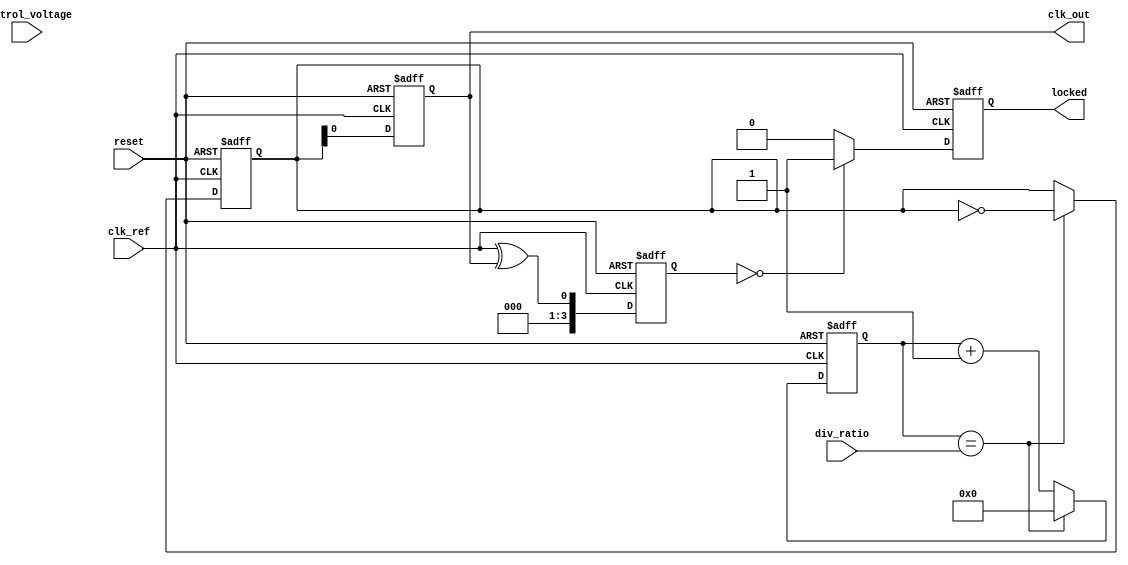
module high_performance_PLL (
    input wire clk_ref,          // Input reference clock
    input wire reset,            // Reset signal
    input wire [2:0] div_ratio,  // Programmable division ratio
    input wire control_voltage,   // Control voltage for VCO
    output reg clk_out,          // Output clock
    output reg locked            // Lock status
);

    // Parameters
    parameter VCO_MAX_FREQ = 100; // Max VCO frequency (arbitrary units)
    parameter VCO_MIN_FREQ = 10;   // Min VCO frequency (arbitrary units)
    
    // Internal signals
    reg [3:0] phase_error;         // Phase error signal
    reg [3:0] vco_freq;            // VCO frequency
    reg [3:0] feedback;             // Feedback signal
    reg [3:0] loop_filter;          // Loop filter output
    reg [3:0] divider;              // Divider output
    reg [3:0] counter;              // Counter for feedback division

    // Phase Detector (XOR type for simplicity)
    always @(posedge clk_ref or posedge reset) begin
        if (reset) begin
            phase_error <= 0;
        end else begin
            // Simple phase detection logic
            phase_error <= clk_ref ^ clk_out; // XOR for phase error
        end
    end

    // Loop Filter (Simple RC filter model)
    always @(posedge clk_ref or posedge reset) begin
        if (reset) begin
            loop_filter <= 0;
        end else begin
            loop_filter <= loop_filter + phase_error; // Integrate phase error
        end
    end

    // Voltage-Controlled Oscillator (VCO)
    always @(posedge clk_ref or posedge reset) begin
        if (reset) begin
            vco_freq <= VCO_MIN_FREQ;
        end else begin
            // Adjust VCO frequency based on control voltage
            vco_freq <= loop_filter + control_voltage; // Simplified control
            if (vco_freq > VCO_MAX_FREQ) begin
                vco_freq <= VCO_MAX_FREQ;
            end
            if (vco_freq < VCO_MIN_FREQ) begin
                vco_freq <= VCO_MIN_FREQ;
            end
        end
    end

    // Feedback Divider
    always @(posedge clk_ref or posedge reset) begin
        if (reset) begin
            counter <= 0;
            feedback <= 0;
        end else begin
            if (counter == div_ratio) begin
                feedback <= ~feedback; // Toggle feedback clock
                counter <= 0;
            end else begin
                counter <= counter + 1;
            end
        end
    end

    // Output Clock Generation
    always @(posedge clk_ref or posedge reset) begin
        if (reset) begin
            clk_out <= 0;
            locked <= 0;
        end else begin
            // Generate output clock based on VCO frequency
            clk_out <= feedback; // Simplified output
            // Lock detection logic (simplified)
            if (phase_error == 0) begin
                locked <= 1; // PLL is locked
            end else begin
                locked <= 0; // PLL is not locked
            end
        end
    end

endmodule